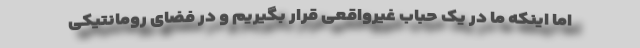
اما اینکه ما در یک حباب غیرواقعی قرار بگیریم و در فضای رومانتیکی